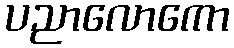
ပညာလောကော